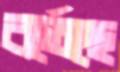
বর্তেছে